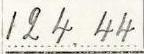
124.44